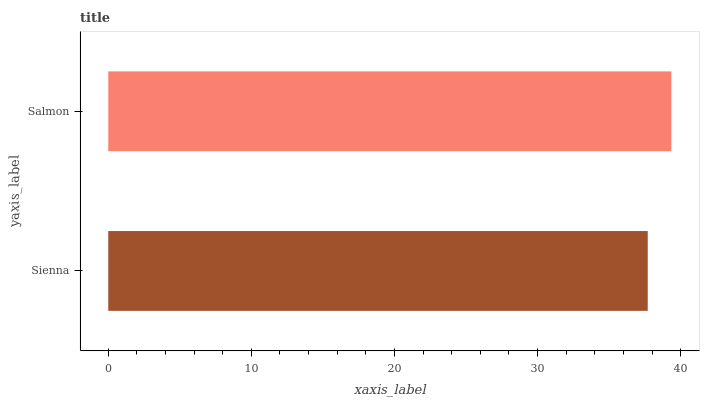
| yaxis_label | bars |
 | --- | --- |
 | Sienna | 37.7 |
 | Salmon | 39.4 |